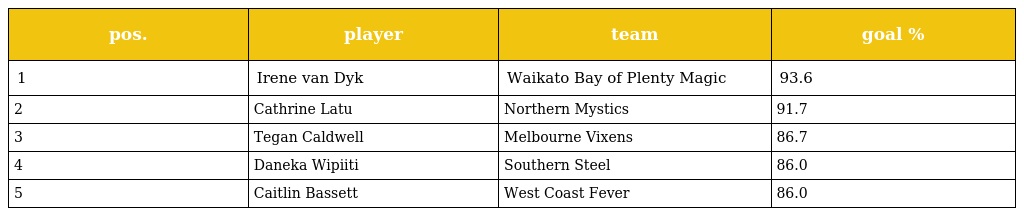
| pos. | player | team | goal % |
 | --- | --- | --- | --- |
 | 1 | Irene van Dyk | Waikato Bay of Plenty Magic | 93.6 |
 | 2 | Cathrine Latu | Northern Mystics | 91.7 |
 | 3 | Tegan Caldwell | Melbourne Vixens | 86.7 |
 | 4 | Daneka Wipiiti | Southern Steel | 86.0 |
 | 5 | Caitlin Bassett | West Coast Fever | 86.0 |